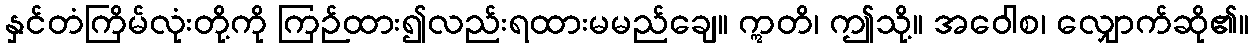
နှင်တံကြိမ်လုံးတို့ကို ကြဉ်ထား၍လည်းရထားမမည်ချေ။ ဣတိ၊ ဤသို့။ အဝေါစ၊ လျှောက်ဆို၏။